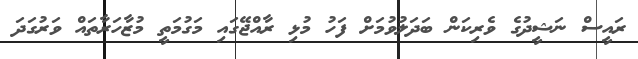
ރައީސް ނަޝީދުގެ ވެރިކަން ބަދަލުވުމަށް ފަހު މުޅި ރާއްޖޭގައި މަގުމަތީ މުޒާހަރާތައް ވަރުގަދަ